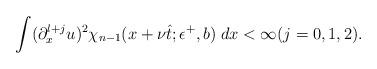
LaTeX: \begin{align*}\int (\partial_x^{l+j}u)^2 \chi_{n-1}(x+\nu\hat{t};\epsilon^+,b) \; dx < \infty(j=0,1,2).\end{align*}